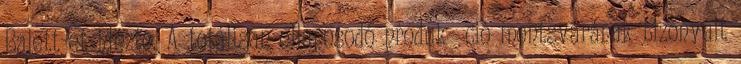
Balett-et idézte. A totálisan ellaposodó produk- ció mentsvárának bizonyult